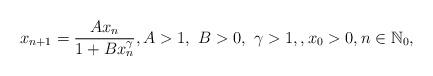
LaTeX: \begin{align*}x_{n+1} = \frac{Ax_n}{1+Bx_n^{\gamma}},A>1,~B>0,~\gamma >1, , x_0>0, n\in {\mathbb N}_0, \end{align*}